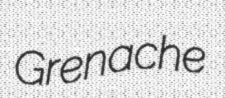
Grenache